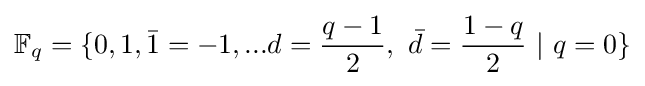
\mathbb {F} _{q}=\lbrace 0,1,{\bar {1}}=-1,...d={\frac {q-1}{2}},\ {\bar {d}}={\frac {1-q}{2}}\ |\ q=0\rbrace